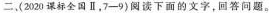
二、（ 2020 课标全国Ⅱ，7—9）阅读下面的文字，回答问题。